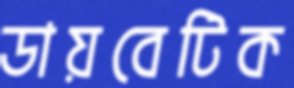
ডায়বেটিক